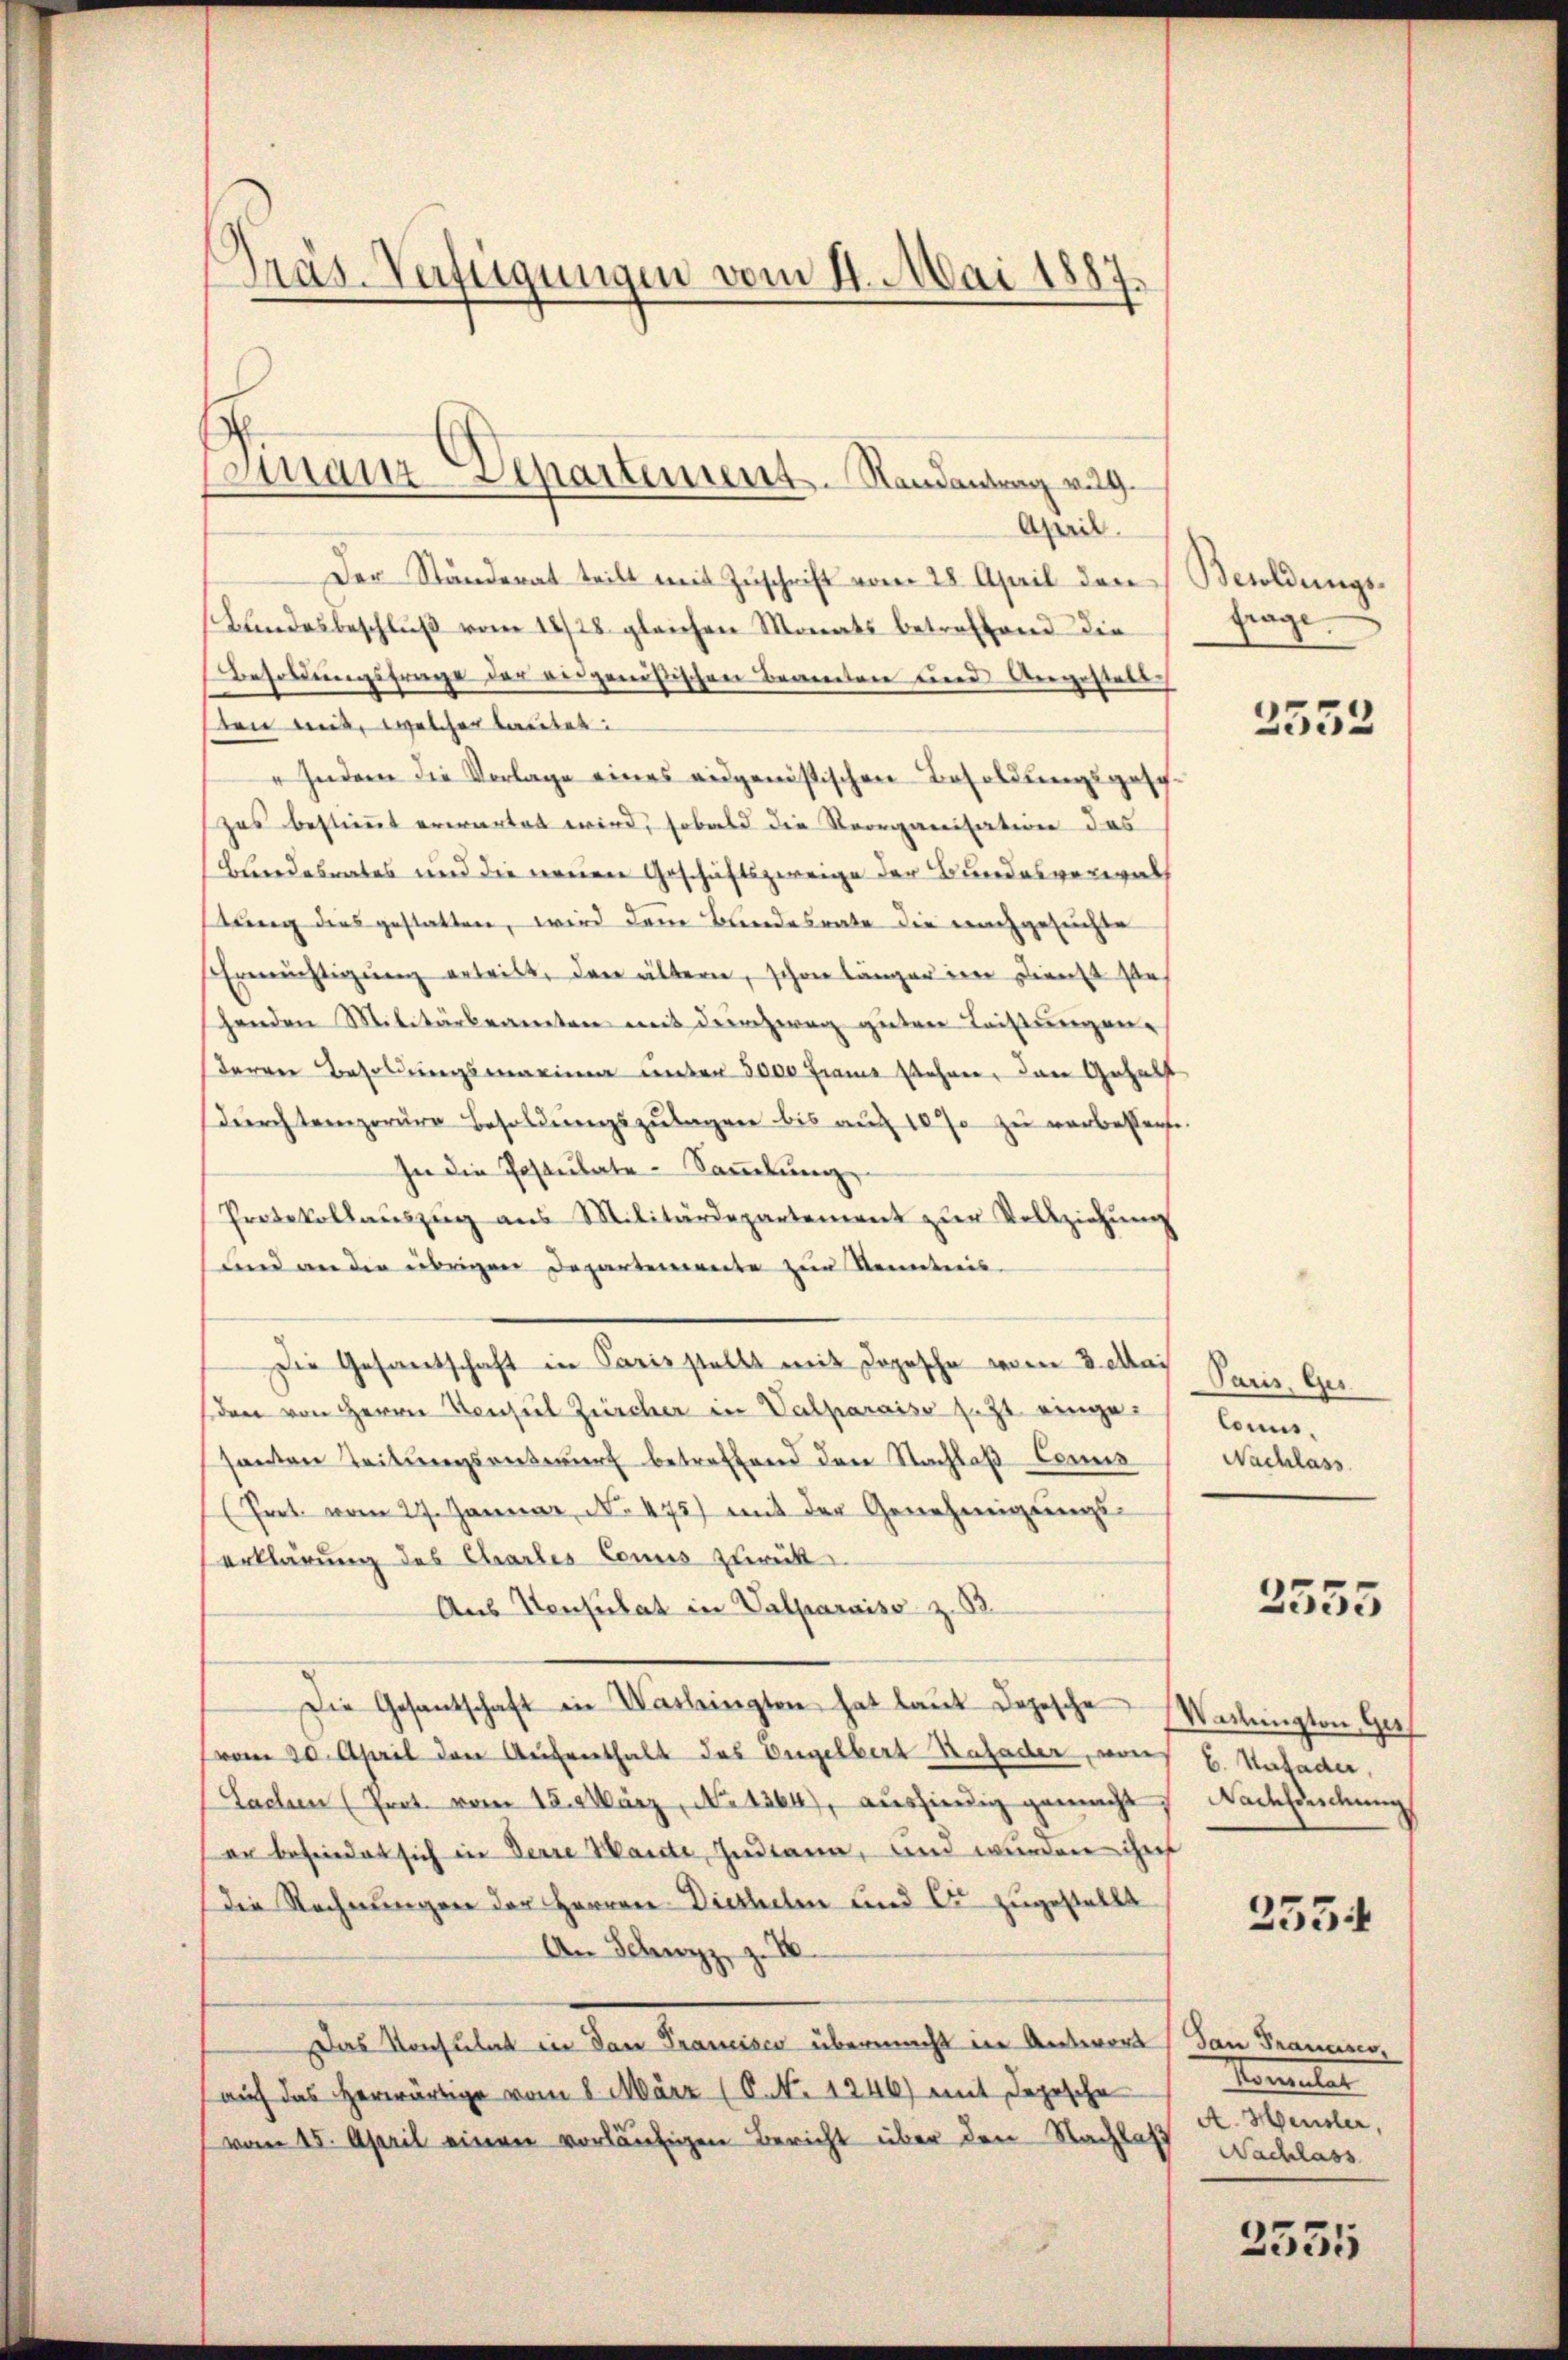
Präs. Verfügungen vom 4. Mai 1887.

Finanz-Departement Randantrag v. 29.
April.

Der Ständerat teilt mit Zuschrift vom 28. April den Besoldungs¬
Bundesbeschluß vom 1828. gleichen Monats betreffend die
Besoldungsfrage der vergenößischen Beantre und Angestell
sten mit, welcher lautet:
" Indem die Vorlage eines eidgenößischen Besoldungsgesp
zes bestimmt erwartet wird, sobald die Reorganisation das
Bundesrates und die vereinen Geschäftszweige der Bundesverwalt
stung dies gestatten, wird dem Bundesrate die nachgesuchte
Ermächtigung erleibt, den ältern, schon länger im Dienst ste
henden Militärbeamten mit der zwei guten Leistungen.
deren Besoldungsmarinen unter 3000 Frais sehnen, der Gehalt
durchtemporäre Besoldungszulagen bis auf 10 % zu verbesserte.
In die Postulate-Sammlung
Protokollaŭszŭg ans Militärdepartement zŭr Vollziehŭng
und an der übrigen Departemente zur Kenntnis
Die Gesandschaft in Paris stellt mit dopesche vom 3. Mai Paris, Ger
sden von Herrn Konsul Zürcher in Valparaiso z. Zt. eingesanten Teilungsentwurf betreffend den Nachlaß Connen
Pert vom 27. Januar, No. 475) mit der Genehmigungs-
erklärung des Chartes Connes zurück
Aus Konsulat in Valparaiso z. B.
Die Gesantschaft in Washingten hat laut Depesche Wallington Ges
vom 20. April den Aufenthalt das Engelbert Hafader, von E. Unfader,
Sachen (Prot. vom 15. März, No 1364), aushindig gemacht. Nachsuchung
er befriedet sich in Derre Handte Indiana, und wurden ihres
Die Rechnungen der Herren Diethelm und C. zugestellt
An Schwyz z. B
Das Konsulat in Dan Francisco übermacht in Anterort (Dan Frances,
auf das herwärtige vom 8. März (C. No. 1246) mit Depesche
vom 15. April einen vorläufigen Bericht über den Nachlaß

frage.

2552

Conus.
Nachlass

2555

2334

Hamler
A. Heusler,
Nachlass

2555